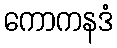
ကောကနဒံ